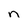
Character: n